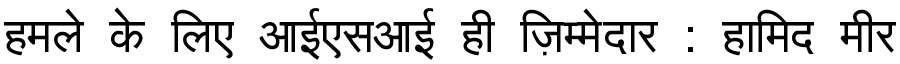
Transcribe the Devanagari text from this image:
हमले के लिए आईएसआई ही ज़िम्मेदार : हामिद मीर